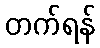
တက်ရန်